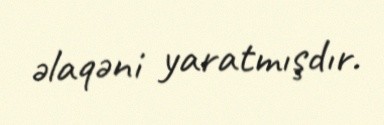
əlaqəni yaratmışdır.